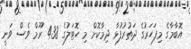
އޮބާމާގެ މިފަހަރުގެ ދަތުރުފުޅާ ދިމާކޮށް މި ހޮޓަލުގެ 438 ރޫމް ވެސް ވަނީ